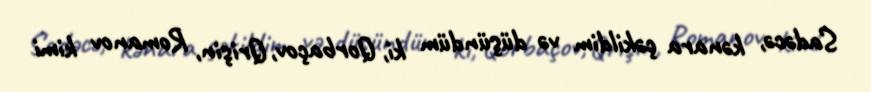
Sadəcə, kənara çəkildim və düşündüm ki, Qorbaçov, Qrişin, Romanov kimi